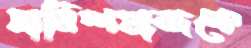
দানিশমান্দকে